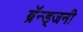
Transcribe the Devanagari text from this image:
ब्रॅन्ड्जनी